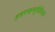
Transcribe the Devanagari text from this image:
हाइपरइन्सुलिनिज्म